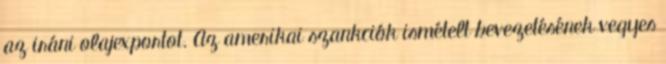
az iráni olajexportot. Az amerikai szankciók ismételt bevezetésének vegyes